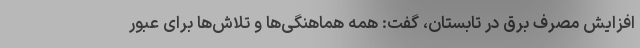
افزایش مصرف برق در تابستان، گفت: همه هماهنگی‌ها و تلاش‌ها برای عبور